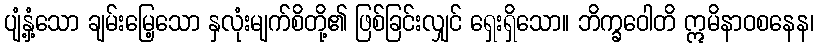
ပျံ့နှံ့သော ချမ်းမြေ့သော နှလုံးမျက်စိတို့၏ ဖြစ်ခြင်းလျှင် ရှေးရှိသော။ ဘိက္ခဝေါတိ ဣမိနာဝစနေန၊